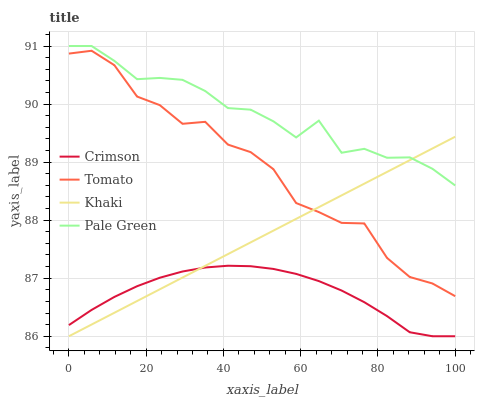
| xaxis_label | Crimson | Tomato | Khaki | Pale Green |
 | --- | --- | --- | --- | --- |
 | 0 | 86.2 | 90.9 | 86 | 91 |
 | 5.88 | 86.5 | 90.9 | 86.2 | 91 |
 | 11.8 | 86.7 | 90.7 | 86.4 | 90.7 |
 | 17.6 | 86.9 | 90.1 | 86.6 | 90.4 |
 | 23.5 | 87 | 90 | 86.8 | 90.5 |
 | 29.4 | 87.1 | 89.7 | 87 | 90.4 |
 | 35.3 | 87.2 | 89.7 | 87.2 | 90.2 |
 | 41.2 | 87.2 | 89.3 | 87.4 | 89.9 |
 | 47.1 | 87.2 | 89.2 | 87.6 | 89.9 |
 | 52.9 | 87.2 | 88.9 | 87.8 | 89.7 |
 | 58.8 | 87.1 | 88.3 | 88 | 89.4 |
 | 64.7 | 87 | 88.1 | 88.2 | 89.7 |
 | 70.6 | 86.8 | 88 | 88.4 | 89.2 |
 | 76.5 | 86.6 | 87.9 | 88.6 | 89.2 |
 | 82.4 | 86.3 | 87.3 | 88.8 | 89.1 |
 | 88.2 | 86.1 | 87 | 89 | 89.1 |
 | 94.1 | 86 | 86.9 | 89.2 | 88.9 |
 | 100 | 86 | 86.7 | 89.4 | 88.6 |